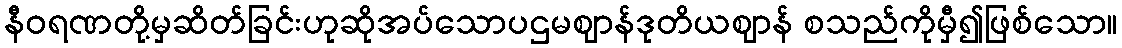
နီဝရဏတို့မှဆိတ်ခြင်းဟုဆိုအပ်သောပဌမဈာန်ဒုတိယဈာန် စသည်ကိုမှီ၍ဖြစ်သော။